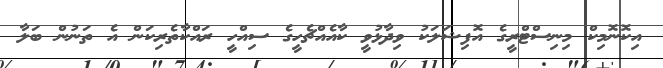
އިކޮނޮމިކް މިނިސްޓްރީގެ އޮފިޝަލަކު ވިދާޅުވީ ކާއެއްޗެހީގެ ސިއްހީ ރައްކާތެރިކަން އެ ތަނުން ބަލާ